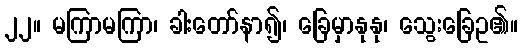
၂၂။ မကြာမကြာ၊ ခါးတော်နာ၍၊ ခြေမှာနုနု၊ သွေးခြေဥ၏။